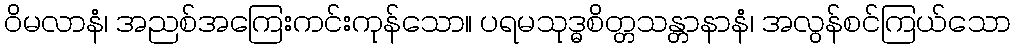
ဝိမလာနံ၊ အညစ်အကြေးကင်းကုန်သော။ ပရမသုဒ္ဓစိတ္တသန္တာနာနံ၊ အလွန်စင်ကြယ်သော